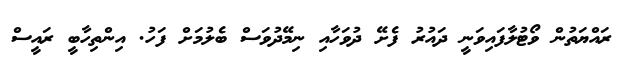
ރައްޔަތުން ވޯޓުލާފައިވަނީ ދައުރު ފެށޭ ދުވަހާއި ނިމޭދުވަސް ބެލުމަށް ފަހު. އިންތިހާބީ ރައީސް